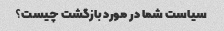
سیاست شما در مورد بازگشت چیست؟